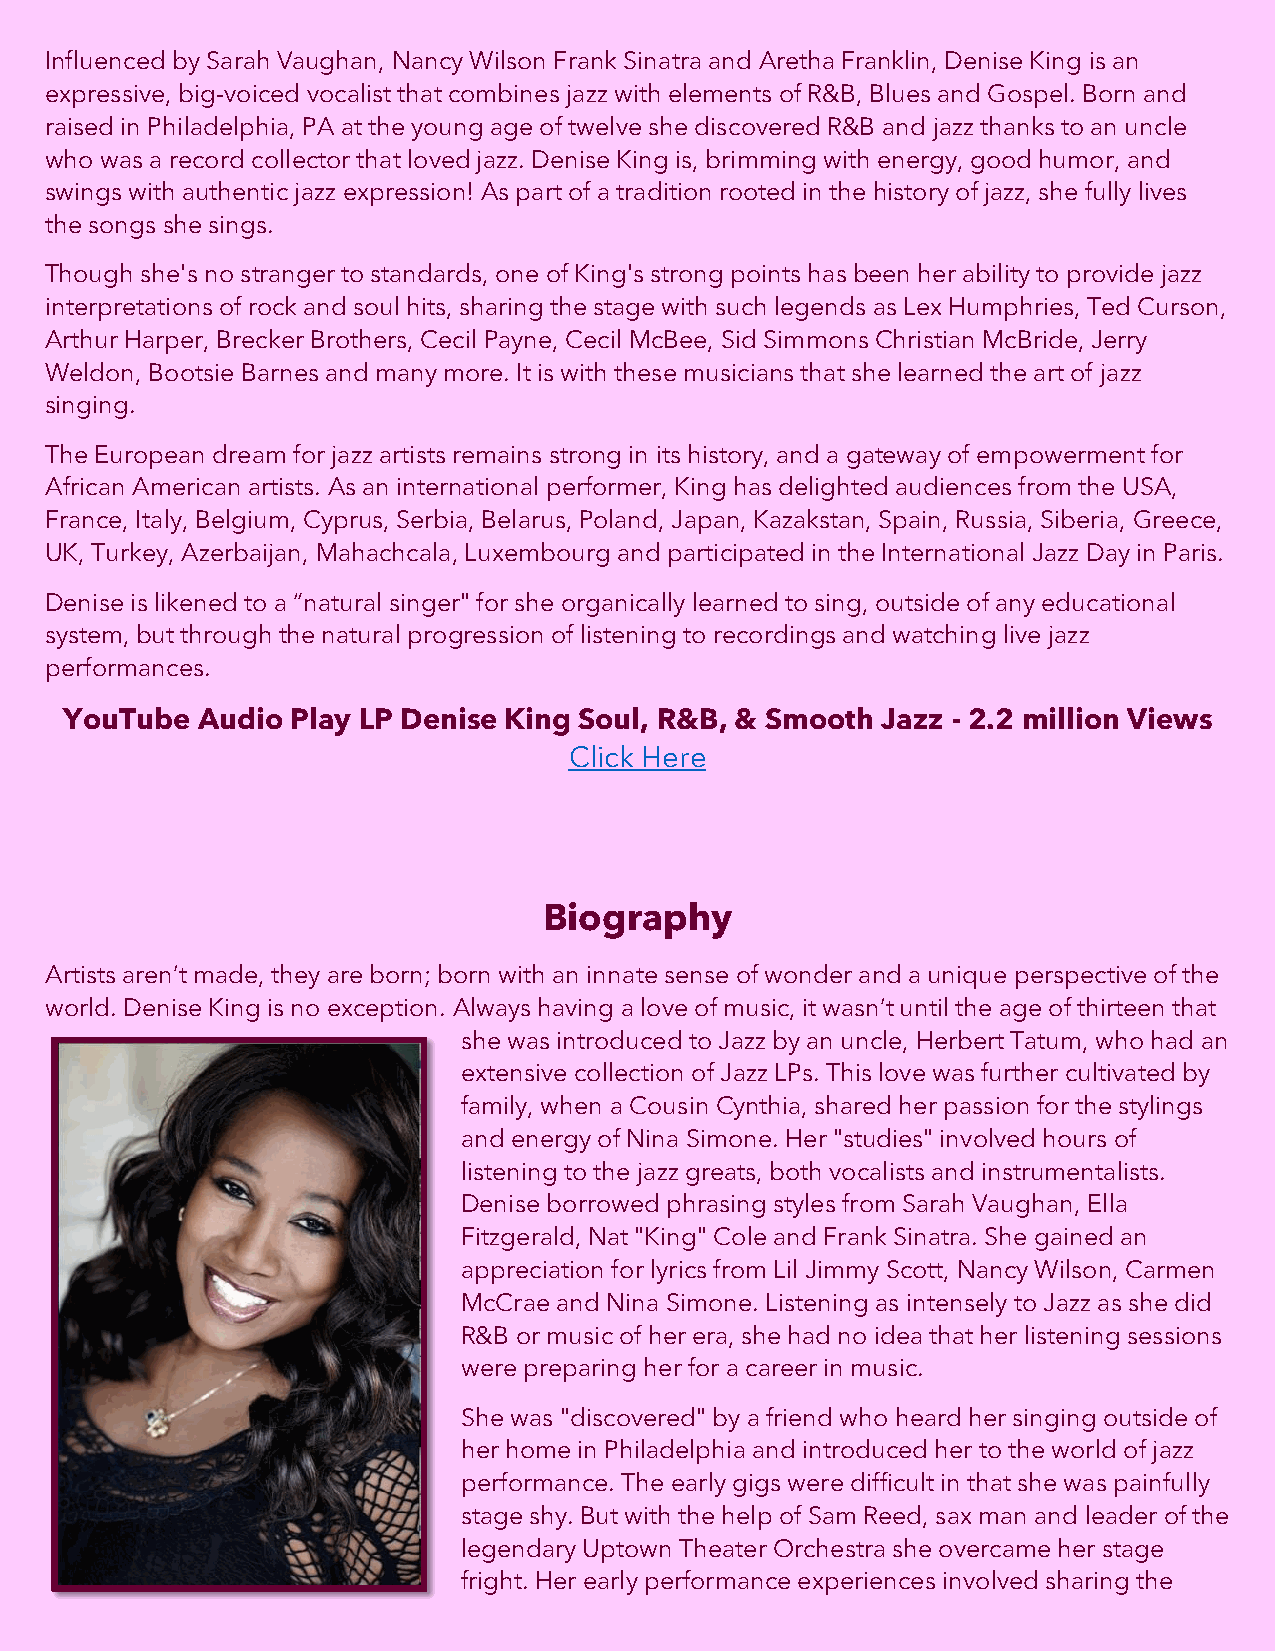
Influenced by Sarah Vaughan, Nancy Wilson Frank Sinatra and Aretha Franklin, Denise King is an
 expressive, big-voiced vocalist that combines jazz with elements of R&B, Blues and Gospel. Born and
 raised in Philadelphia, PA at the young age of twelve she discovered R&B and jazz thanks to an uncle
 who was a record collector that loved jazz. Denise King is, brimming with energy, good humor, and
 swings with authentic jazz expression! As part of a tradition rooted in the history of jazz, she fully lives
 the songs she sings.
 Though she's no stranger to standards, one of King's strong points has been her ability to provide jazz
 interpretations of rock and soul hits, sharing the stage with such legends as Lex Humphries, Ted Curson,
 Arthur Harper, Brecker Brothers, Cecil Payne, Cecil McBee, Sid Simmons Christian McBride, Jerry
 Weldon, Bootsie Barnes and many more. It is with these musicians that she learned the art of jazz
 singing.
 The European dream for jazz artists remains strong in its history, and a gateway of empowerment for
 African American artists. As an international performer, King has delighted audiences from the USA,
 France, Italy, Belgium, Cyprus, Serbia, Belarus, Poland, Japan, Kazakstan, Spain, Russia, Siberia, Greece,
 UK, Turkey, Azerbaijan, Mahachcala, Luxembourg and participated in the International Jazz Day in Paris.
 Denise is likened to a “natural singer" for she organically learned to sing, outside of any educational
 system, but through the natural progression of listening to recordings and watching live jazz
 performances.
 YouTube  Audio Play LP Denise King Soul, R&B, & Smooth Jazz - 2.2 million Views
 Click Here
 Biography
 Artists aren’t made, they are born; born with an innate sense of wonder and a unique perspective of the
 world. Denise King is no exception. Always having a love of music, it wasn’t until the age of thirteen that
 she was introduced to Jazz by an uncle, Herbert Tatum, who had an
 extensive collection of Jazz LPs. This love was further cultivated by
 family, when a Cousin Cynthia, shared her passion for the stylings
 and energy of Nina Simone. Her "studies" involved hours of
 listening to the jazz greats, both vocalists and instrumentalists.
 Denise borrowed phrasing styles from Sarah Vaughan, Ella
 Fitzgerald, Nat "King" Cole and Frank Sinatra. She gained an
 appreciation for lyrics from Lil Jimmy Scott, Nancy Wilson, Carmen
 McCrae and Nina Simone. Listening as intensely to Jazz as she did
 R&B or music of her era, she had no idea that her listening sessions
 were preparing her for a career in music.
 She was "discovered" by a friend who heard her singing outside of
 her home in Philadelphia and introduced her to the world of jazz
 performance. The early gigs were difficult in that she was painfully
 stage shy. But with the help of Sam Reed, sax man and leader of the
 legendary Uptown Theater Orchestra she overcame her stage
 fright. Her early performance experiences involved sharing the